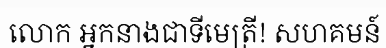
លោក អ្នកនាងជាទីមេត្រី! សហគមន៍